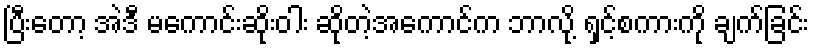
ပြီးတော့ အဲဒီ မကောင်းဆိုးဝါး ဆိုတဲ့အကောင်က ဘာလို့ ရှင့်စကားကို ချက်ခြင်း